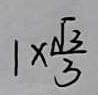
1 \times \frac { \sqrt { 3 } } { 3 }